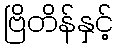
ဗြိတိန်နှင့်